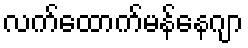
လက်ထောက်မန်နေဂျာ